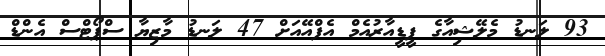
93 ލަނޑު މެލޭޝިއާގެ ޕީޑީއާރުއެމް އެފްއޭއަށް 47 ލަނޑު މާޒިޔާ ސްޕޯޓްސް އެންޑް